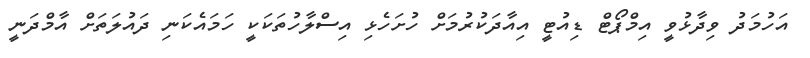
އަހުމަދު ވިދާޅުވީ އިމްޕޯޓް ޑިއުޓީ އިއާދަކުރުމަށް ހުށަހެޅި އިސްލާހުތަކަކީ ހަމައެކަނި ދައުލަތަށް އާމްދަނީ